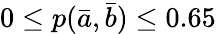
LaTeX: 0\leq p(\bar{a},\bar{b})\leq 0.65